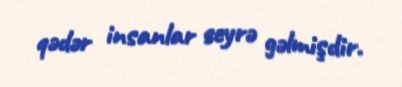
qədər insanlar seyrə gəlmişdir.